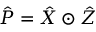
\hat { P } = \hat { X } \odot \hat { Z }